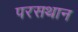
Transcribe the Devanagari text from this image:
परसथान